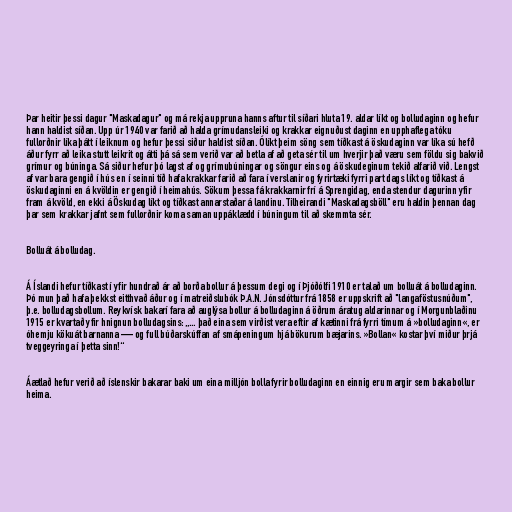
Þar heitir þessi dagur "Maskadagur" og má rekja uppruna hanns aftur til síðari hluta 19. aldar líkt og bolludaginn og hefur
hann haldist síðan. Upp úr 1940 var farið að halda grímudansleiki og krakkar eignuðust daginn en upphaflega tóku
fullorðnir líka þátt í leiknum og hefur þessi siður haldist síðan. Ólíkt þeim söng sem tíðkast á öskudaginn var líka sú hefð
áður fyrr að leika stutt leikrit og átti þá sá sem verið var að betla af að geta sér til um hverjir það væru sem földu sig bakvið
grímur og búninga. Sá siður hefur þó lagst af og grímubúningar og söngur eins og á öskudeginum tekið alfarið við. Lengst
af var bara gengið í hús en í seinni tíð hafa krakkar farið að fara í verslanir og fyrirtæki fyrri part dags líkt og tíðkast á
öskudaginni en á kvöldin er gengið í heimahús. Sökum þessa fá krakkarnir frí á Sprengidag, enda stendur dagurinn yfir
fram á kvöld, en ekki á Öskudag líkt og tíðkast annarstaðar á landinu. Tilheirandi "Maskadagsböll" eru haldin þennan dag
þar sem krakkar jafnt sem fullorðnir koma saman uppáklædd í búningum til að skemmta sér.

Bolluát á bolludag.

Á Íslandi hefur tíðkast í yfir hundrað ár að borða bollur á þessum degi og í Þjóðólfi 1910 er talað um bolluát á bolludaginn.
Þó mun það hafa þekkst eitthvað áður og í matreiðslubók Þ.A.N. Jónsdóttur frá 1858 er uppskrift að "langaföstusnúðum",
þ.e. bolludagsbollum. Reykvísk bakarí fara að auglýsa bollur á bolludaginn á öðrum áratug aldarinnar og í Morgunblaðinu
1915 er kvartað yfir hnignun bolludagsins: „... það eina sem virðist vera eftir af kætinni frá fyrri tímum á »bolludaginn«, er
óhemju kökuát barnanna — og full búðarskúffan af smápeningum hjá bökurum bæjarins. »Bollan« kostar því miður þrjá
tveggeyringa í þetta sinn!“

Áætlað hefur verið að íslenskir bakarar baki um eina milljón bolla fyrir bolludaginn en einnig eru margir sem baka bollur
heima.